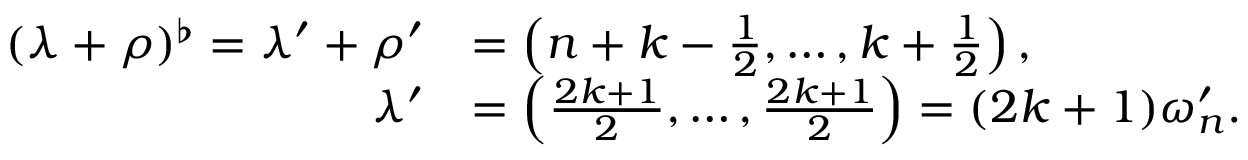
\begin{array} { r l } { ( \lambda + \rho ) ^ { \flat } = \lambda ^ { \prime } + \rho ^ { \prime } } & { = \left( n + k - \frac { 1 } { 2 } , \ldots , k + \frac { 1 } { 2 } \right) , } \\ { \lambda ^ { \prime } } & { = \left( \frac { 2 k + 1 } { 2 } , \ldots , \frac { 2 k + 1 } { 2 } \right) = ( 2 k + 1 ) \omega _ { n } ^ { \prime } . } \end{array}